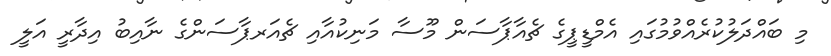
މި ބައްދަލުކުރެއްވުމުގައި އެމްޑީޕީގެ ޗެއާޕާސަން މޫސާ މަނިކުއާއި ޗެއަރޕާސަންގެ ނާއިބު އިދާރީ އަލީ